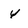
Character: Y